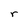
Character: r